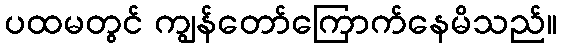
ပထမတွင် ကျွန်တော်ကြောက်နေမိသည်။